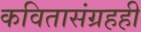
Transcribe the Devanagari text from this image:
कवितासंग्रहही